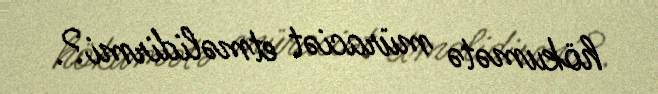
hökumətə müraciət etməlidirmi?.